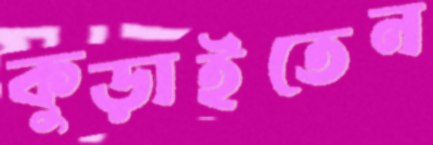
কুড়াইতেন